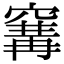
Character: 𥧒